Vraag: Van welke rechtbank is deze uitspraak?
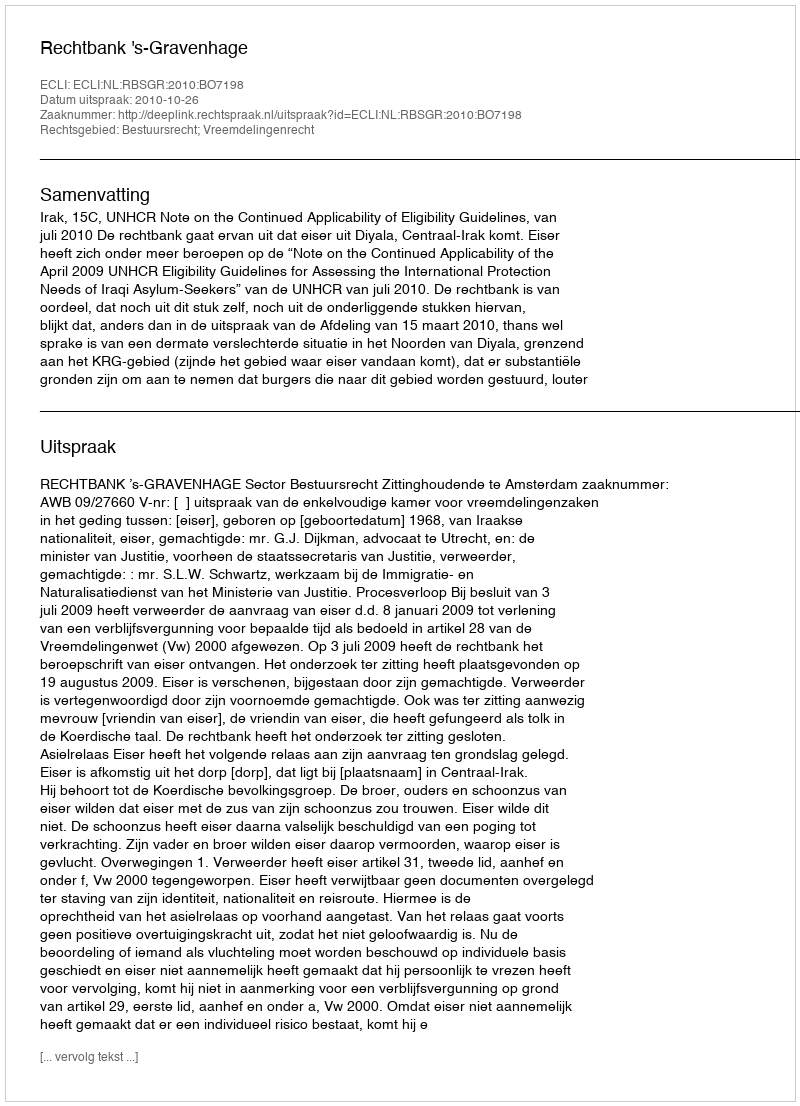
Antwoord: Rechtbank 's-Gravenhage